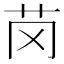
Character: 𫇪